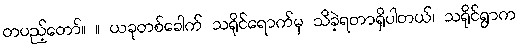
တပည့်တော်။ ။ ယခုတစ်ခေါက် သရိုင်ရောက်မှ သိခဲ့ရတာရှိပါတယ်၊ သရိုင်ရွာက